Scottish Leaving Certificate Examination, 1952
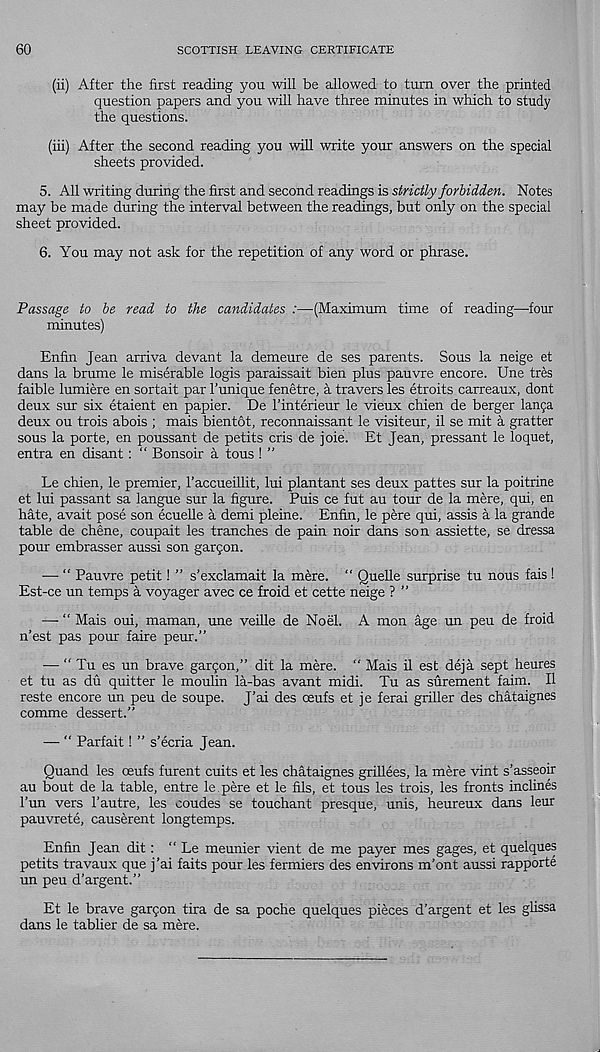
60
SCOTTISH LEAVING CERTIFICATE
(ii) After the first reading you will be allowed to turn over the printed
question papers and you will have three minutes in which to study
the questions.
(iii) After the second reading you will write your answers on the special
sheets provided.
5. All writing during the first and second readings is strictly forbidden. Notes
may be made during the interval between the readings, but only on the special
sheet provided.
6. You may not ask for the repetition of any word or phrase.
Passage to be read to the candidates :—(Maximum time of reading—four
minutes)
Enfin Jean arriva devant la demeure de ses parents. Sous la neige et
dans la brume le miserable logis paraissait bien plus pauvre encore. Une tres
faible lumiere en sortait par 1’unique fenetre, a travers les etroits carreaux, dont
deux sur six etaient en papier. De I’interieur le vieux chien de berger lanja
deux ou trois abois ; mais bientot, reconnaissant le visiteur, il se mit a gratter
sous la porte, en poussant de petits cris de joie. Et Jean, pressant le loquet,
entra en disant: “ Bonsoir a tous ! ”
Le chien, le premier, I’accueillit, lui plantant ses deux pattes sur la poitrine
et lui passant sa langue sur la figure. Puis ce fut au tour de la mere, qui, en
hate, avait pose son ecuelle a demi pleine. Enfin, le pere qui, assis a la grande
table de chene, coupait les tranches de pain noir dans son assiette, se dressa
pour embrasser aussi son gargon.
—• “ Pauvre petit! ” s’exclamait la mere. “ Quelle surprise tu nous fais !
Est-ce un temps a voyager avec ce froid et cette neige ? ”
—• “ Mais oui, maman, une veille de Noel. A mon age un peu de froid
n’est pas pour faire peur.”
— “ Tu es un brave gargon,” dit la mere. “ Mais il est deja sept heures
et tu as du quitter le moulin la-bas avant midi. Tu as surement faim. Il
reste encore mi peu de soupe. J’ai des oeufs et je ferai griller des chataignes
comme dessert.”
— “ Parfait! ” s’ecria Jean.
Quand les oeufs furent cuits et les chataignes grillees, la mere vint s’asseoir
au bout de la table, entre le .pere et le fils, et tous les trois, les fronts inclines
run vers 1’autre, les coudes se touchant presque, unis, heureux dans leur
pauvrete, causerent longtemps.
Enfin Jean dit: “ Le meunier vient de me payer mes gages, et quelques
petits travaux que j’ai faits pour les fermiers des environs m’ont aussi rapporte
un peu d’argent.”
Et le brave gargon tira de sa poche quelques pieces d’argent et les glissa
dans le tablier de sa mere.